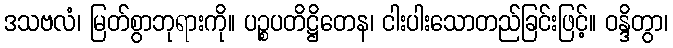
ဒသဗလံ၊ မြတ်စွာဘုရားကို။ ပဉ္စပတိဋ္ဌိတေန၊ ငါးပါးသောတည်ခြင်းဖြင့်။ ဝန္ဒိတွာ၊